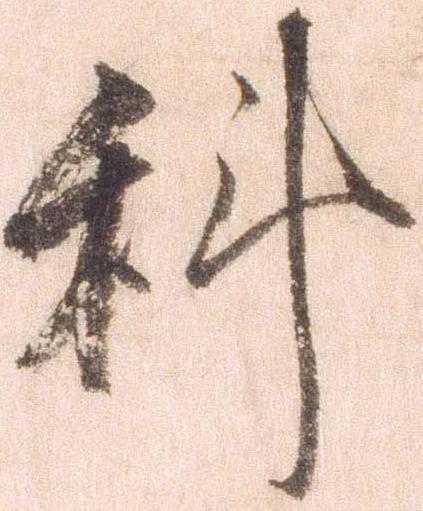
科